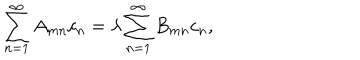
\sum _ { n = 1 } ^ { \infty } A _ { m n } c _ { n } = \lambda \sum _ { n = 1 } ^ { \infty } B _ { m n } c _ { n } ,